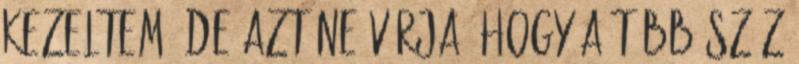
kezeltem, de azt ne várja, hogy a több száz